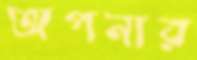
অপনার